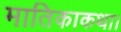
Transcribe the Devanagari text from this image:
मातिकाकथा।